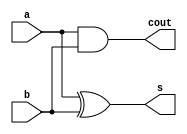
`timescale 1ns / 1ps


module Half_Adder(a,b,s,cout);
input a,b;       // numbers to be added
output s,cout;   // s is sum output and cout is carry output

xor(s,a,b);
and(cout,a,b);

endmodule